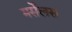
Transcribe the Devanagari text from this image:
मर्सेलस